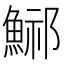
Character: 𩷾